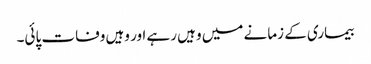
بیماری کے زمانے میں وہیں رہے اور وہیں وفات پائی۔